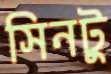
সিনটু